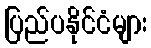
ပြည်ပနိုင်ငံများ